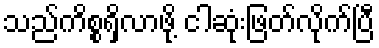
သည်ကိစ္စရှိလာဖို့ ငါဆုံးဖြတ်လိုက်ပြီ